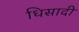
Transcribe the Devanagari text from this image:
धिसादी